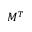
M ^ { T }